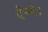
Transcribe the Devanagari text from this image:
देन्गे।